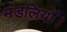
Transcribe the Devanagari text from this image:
मंडलियाँ।